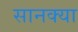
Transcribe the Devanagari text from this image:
सानक्या